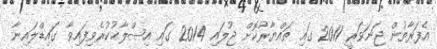
އެފަރާތުން ޖަނަވަރީ 2011 ގައި ތައްޔާރުކޮށް ޖުލައި 2014 ގައި އިޞްލާޙުކުރެވިފައިވާ ގައިޑްލައިނާ